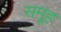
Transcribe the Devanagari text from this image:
समूूह